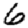
Digit: 6